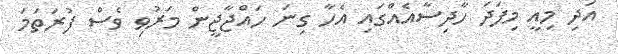
އަދި މިއީ މިފަދަ ހާދިސާއެއްގައި އެހާ ގިނަ ހައްޖާޖީން މަރުވި ވެސް ފުރަތަމަ